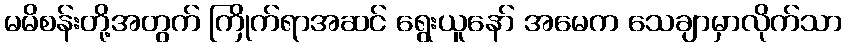
မမိစန်းတို့အတွက် ကြိုက်ရာအဆင် ရွေးယူနော် အမေက သေချာမှာလိုက်သာ